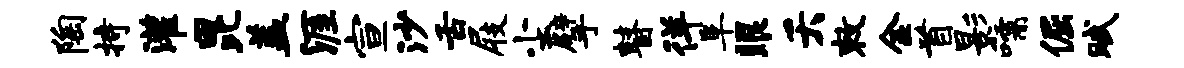
陶持灌昆盖涯宣沙舌屐尘擘瞽徉阜眼夭敕金首影嚅倔赋